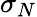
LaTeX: \sigma_{N}